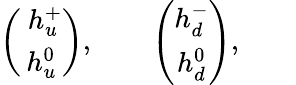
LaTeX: \left(\begin{array}{c}{{\ h_{u}^{+}}}\\ {{h_{u}^{0}}}\end{array}\right),\qquad\left(\begin{array}{c}{{h_{d}^{-}}}\\ {{h_{d}^{0}}}\end{array}\right),\qquad